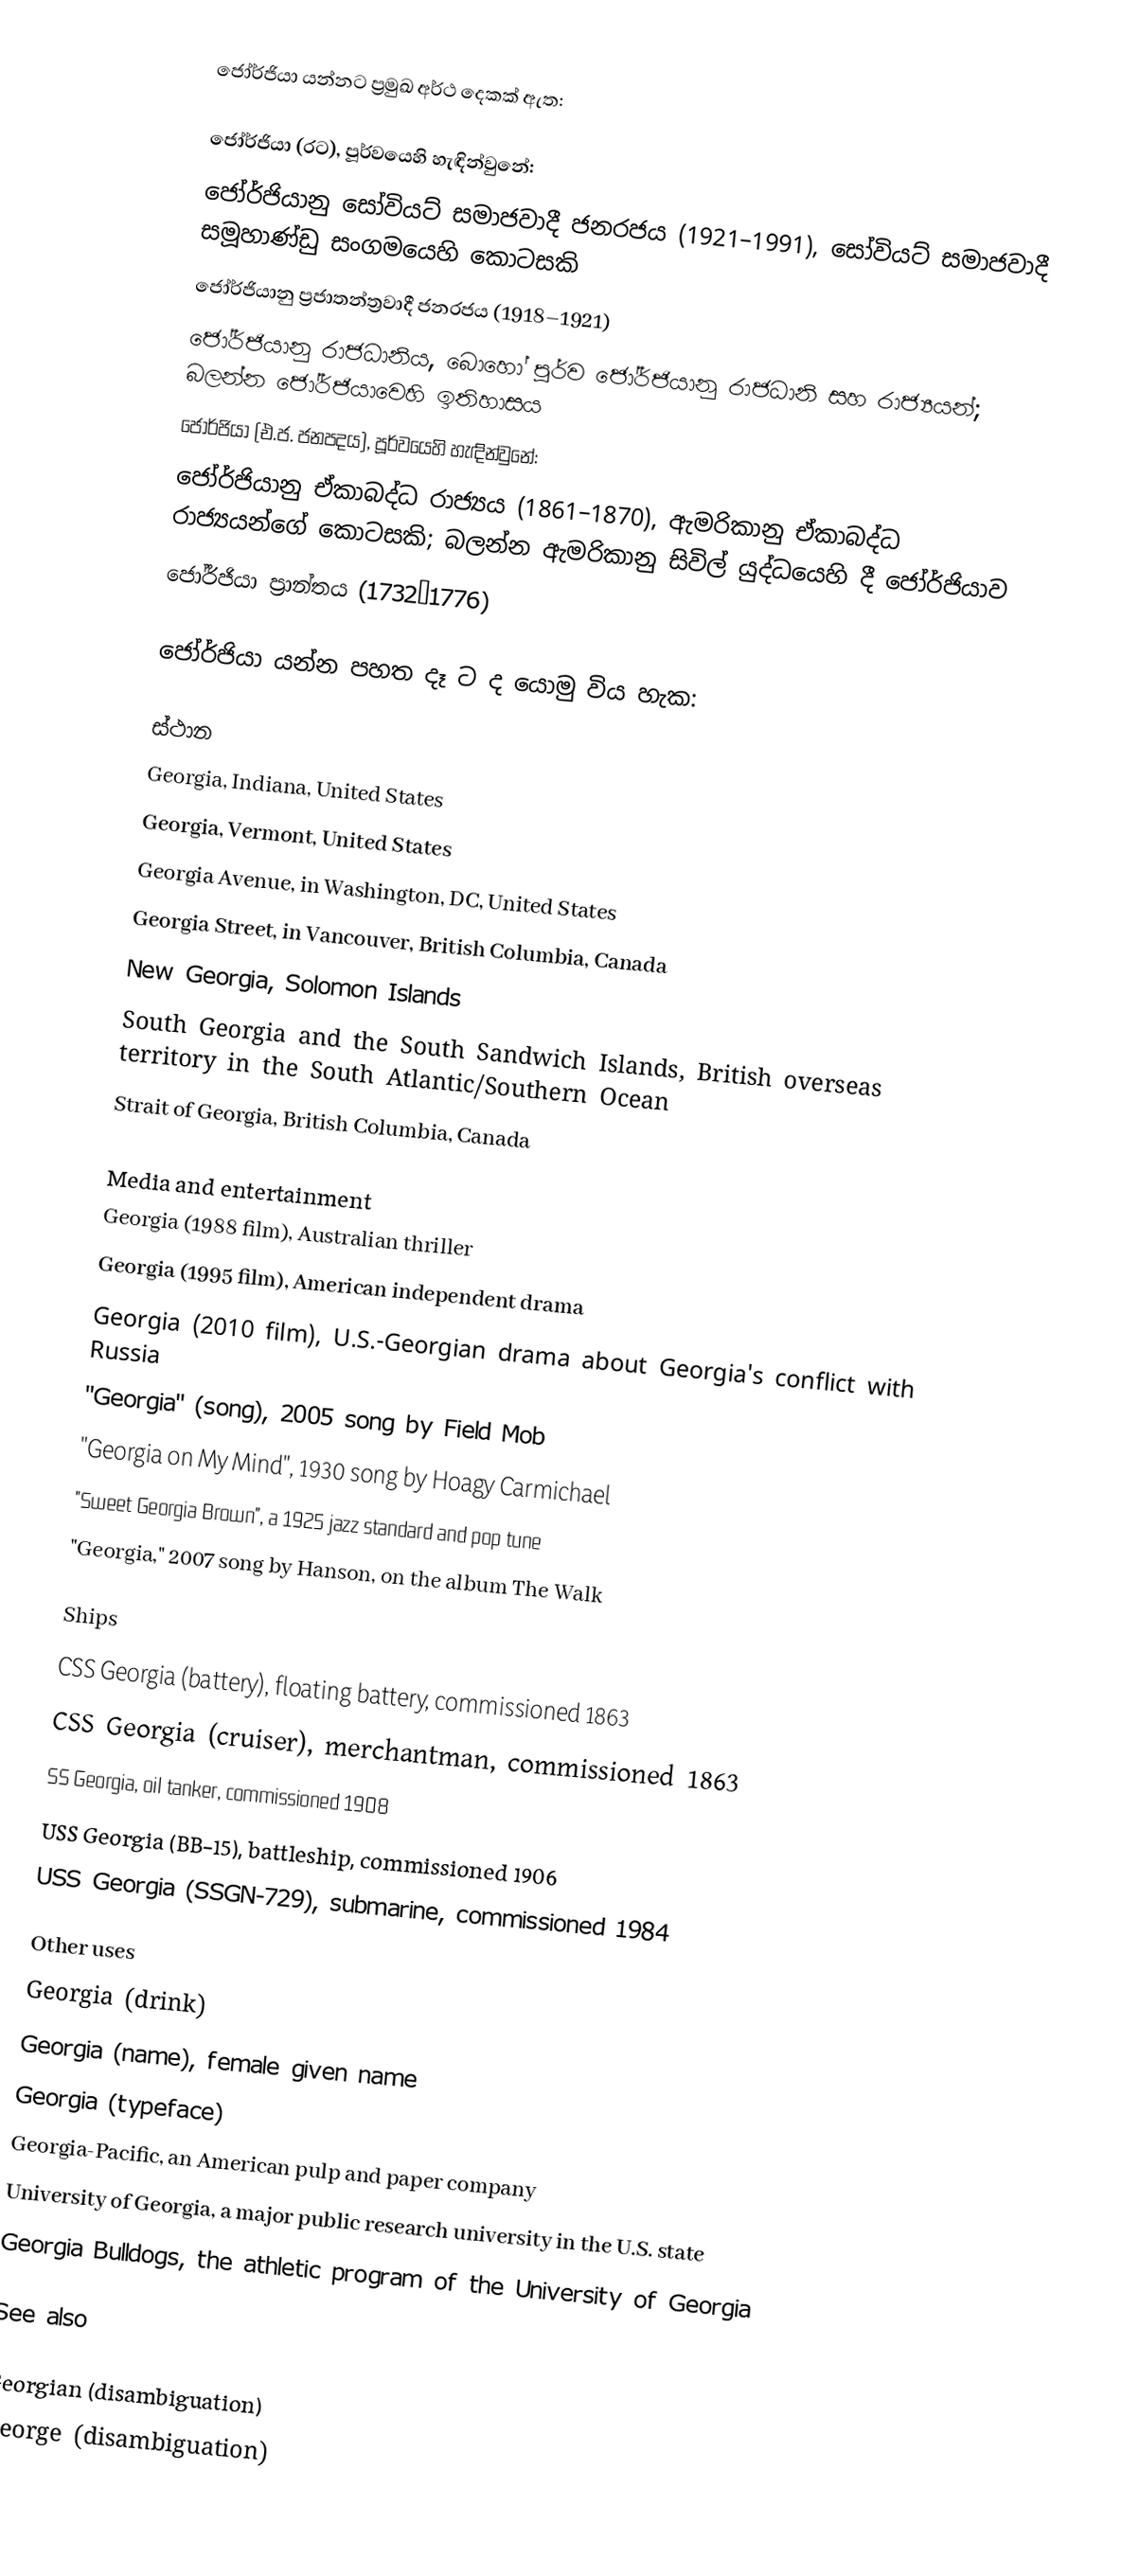
ජෝර්ජියා යන්නට ප්‍රමුඛ අර්ථ දෙකක් ඇත:

 ජෝර්ජියා (රට), පූර්වයෙහි හැඳින්වුනේ:
 ජෝර්ජියානු සෝවියට් සමාජවාදී ජනරජය (1921–1991), සෝවියට් සමාජවාදී සමූහාණ්ඩු සංගමයෙහි කොටසකි
 ජෝර්ජියානු ප්‍රජාතන්ත්‍රවාදී ජනරජය (1918–1921)
 ජෝර්ජියානු රාජධානිය, ‍බොහෝ පූර්ව ජෝර්ජියානු රාජධානි සහ රාජ්‍යයන්; බලන්න ජෝර්ජියාවෙහි ඉතිහාසය
 ජෝර්ජියා (එ.ජ. ජනපදය), පූර්වයෙහි හැඳින්වුනේ:
 ජෝර්ජියානු ඒකාබද්ධ රාජ්‍යය (1861–1870), ඇමරිකානු ඒකාබද්ධ රාජ්‍යයන්ගේ කොටසකි; බලන්න ඇමරිකානු සිවිල් යුද්ධයෙහි දී ජෝර්ජියාව
 ජෝර්ජියා ප්‍රාන්තය (1732–1776)

ජෝර්ජියා යන්න පහත දෑ ට ද යොමු විය හැක:

ස්ථාන
 Georgia, Indiana, United States
 Georgia, Vermont, United States
 Georgia Avenue, in Washington, DC, United States
 Georgia Street, in Vancouver, British Columbia, Canada
 New Georgia, Solomon Islands
 South Georgia and the South Sandwich Islands, British overseas territory in the South Atlantic/Southern Ocean
 Strait of Georgia, British Columbia, Canada

Media and entertainment
 Georgia (1988 film), Australian thriller
 Georgia (1995 film), American independent drama
 Georgia (2010 film), U.S.-Georgian drama about Georgia's conflict with Russia
 "Georgia" (song), 2005 song by Field Mob
 "Georgia on My Mind", 1930 song by Hoagy Carmichael
 "Sweet Georgia Brown", a 1925 jazz standard and pop tune
 "Georgia," 2007 song by Hanson, on the album The Walk

Ships
 CSS Georgia (battery), floating battery, commissioned 1863
 CSS Georgia (cruiser), merchantman, commissioned 1863
 SS Georgia, oil tanker, commissioned 1908
 USS Georgia (BB-15), battleship, commissioned 1906
 USS Georgia (SSGN-729), submarine, commissioned 1984

Other uses
 Georgia (drink)
 Georgia (name), female given name
 Georgia (typeface)
 Georgia-Pacific, an American pulp and paper company
 University of Georgia, a major public research university in the U.S. state
 Georgia Bulldogs, the athletic program of the University of Georgia

See also

 Georgian (disambiguation)
 George (disambiguation)